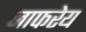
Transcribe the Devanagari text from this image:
जाफरेय